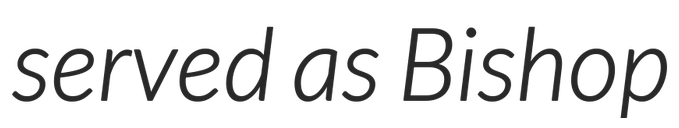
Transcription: served as Bishop